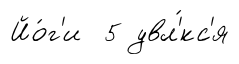
Йо́г'и 5 увл'́кс'я